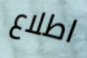
اطلاع